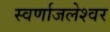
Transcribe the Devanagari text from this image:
स्वर्णाजलेश्वर